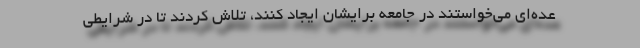
عده‌ای می‌خواستند در جامعه برایشان ایجاد کنند، تلاش کردند تا در شرایطی